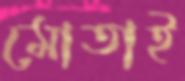
মোতাই